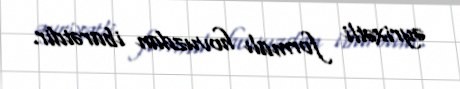
əyrixətli formalı hovuzdan ibarətdir.